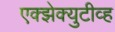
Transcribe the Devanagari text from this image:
एक्झेक्युटीव्ह